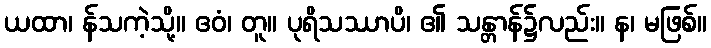
ယထာ၊ န်သကဲ့သို့။ ဧဝံ၊ တူ။ ပုရိသဿာပိ၊ ၏ သန္တာန်၌လည်း။ န၊ မဖြစ်။